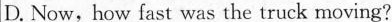
D. Now, how fast was the truck moving?